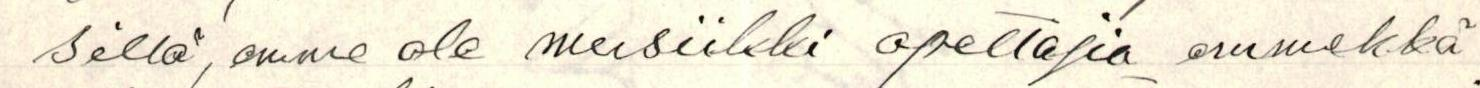
sillä, emme ole musiikki opettajia emmekkä